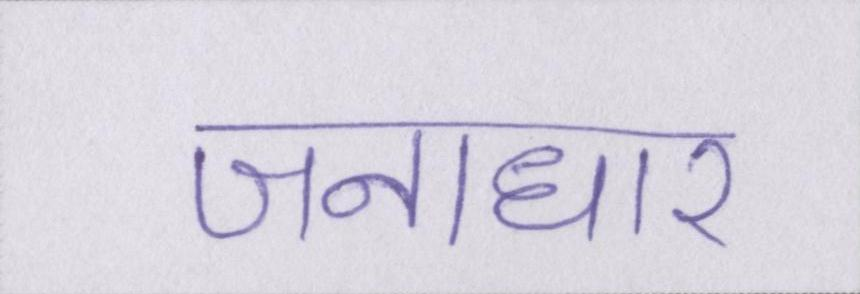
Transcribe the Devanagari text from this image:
जनाधार